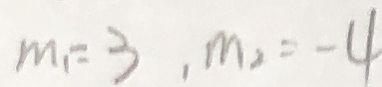
m _ { 1 } = 3 , m _ { 2 } = - 4